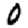
Digit: 0